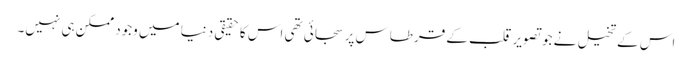
اس کے تخیل نے جو تصویر قلب کے قرطاس پر سجائی تھی اس کا حقیقی دنیا میں وجود ممکن ہی نہیں۔